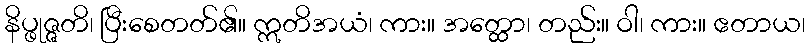
နိပ္ဖုဇ္ဇတိ၊ ပြီးစေတတ်၏။ ဣတိအယံ၊ ကား။ အတ္ထော၊ တည်း။ ဝါ၊ ကား။ ဧတာယ၊